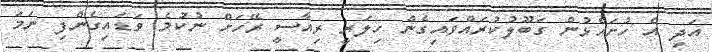
އަދި އެ ހުށަހެޅުން ގަބޫލުކުރައްވައިގެން ހިލަރީ ރިއާސީ ރޭހަށް ނުކުމެ ވަޑައިގެންފި ނަމަ